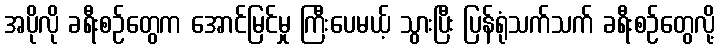
အပိုလို ခရီးစဉ်တွေက အောင်မြင်မှု ကြီးပေမယ့် သွားပြီး ပြန်ရုံသက်သက် ခရီးစဉ်တွေလို့